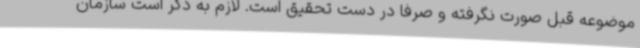
موضوعه قبل صورت نگرفته و صرفا در دست تحقیق است. لازم به ذکر است سازمان